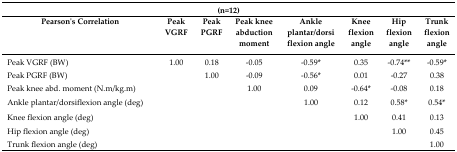
<table><thead><tr><td colspan="8"><b>(n=12)</b></td></tr><tr><td><b>Pearson&#x27;s Correlation</b></td><td><b>Peak VGRF</b></td><td><b>Peak PGRF</b></td><td><b>Peak knee abduction moment</b></td><td><b>Ankle plantar/dorsi flexion angle</b></td><td><b>Knee flexion angle</b></td><td><b>Hip flexion angle</b></td><td><b>Trunk flexion angle</b></td></tr></thead><tbody><tr><td>Peak VGRF (BW)</td><td>1.00</td><td>0.18</td><td>−0.05</td><td>−0.59*</td><td>0.35</td><td>−0.74**</td><td>−0.59*</td></tr><tr><td>Peak PGRF (BW)</td><td></td><td>1.00</td><td>−0.09</td><td>−0.56*</td><td>0.01</td><td>−0.27</td><td>0.38</td></tr><tr><td>Peak knee abd. moment (N.m/kg.m)</td><td></td><td></td><td>1.00</td><td>0.09</td><td>−0.64*</td><td>−0.08</td><td>0.18</td></tr><tr><td>Ankle plantar/dorsiflexion angle (deg)</td><td></td><td></td><td></td><td>1.00</td><td>0.12</td><td>0.58*</td><td>0.54*</td></tr><tr><td>Knee flexion angle (deg)</td><td></td><td></td><td></td><td></td><td>1.00</td><td>0.41</td><td>0.13</td></tr><tr><td>Hip flexion angle (deg)</td><td></td><td></td><td></td><td></td><td></td><td>1.00</td><td>0.45</td></tr><tr><td>Trunk flexion angle (deg)</td><td></td><td></td><td></td><td></td><td></td><td></td><td>1.00</td></tr></tbody></table>